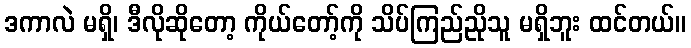
ဒကာလဲ မရှိ၊ ဒီလိုဆိုတော့ ကိုယ်တော့်ကို သိပ်ကြည်ညိုသူ မရှိဘူး ထင်တယ်။